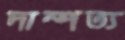
দাম্পত্য